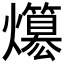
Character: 𤒪